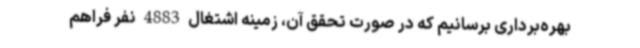
بهره‌برداری برسانیم که در صورت تحقق آن، زمینه اشتغال 4883 نفر فراهم